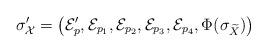
LaTeX: \begin{align*}\sigma^\prime_{\mathcal{X}}= \left( \mathcal{E}^\prime_p, \mathcal{E}_{p_1}, \mathcal{E}_{p_2}, \mathcal{E}_{p_3}, \mathcal{E}_{p_4}, \Phi(\sigma_{\widetilde{X}}) \right) \end{align*}